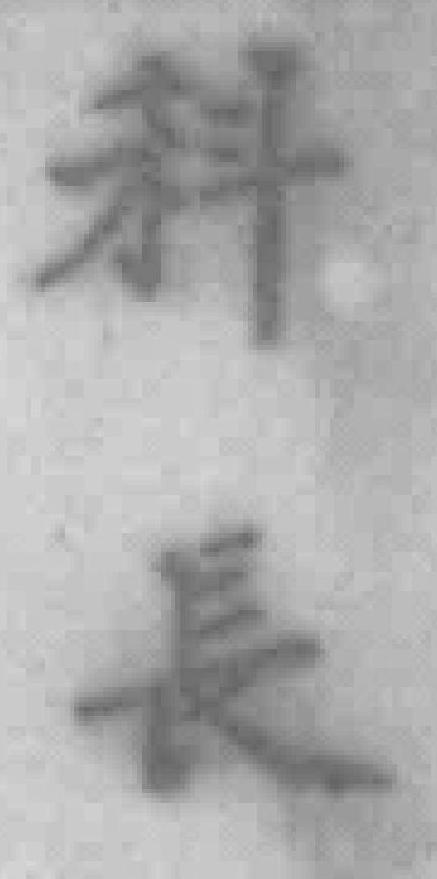
科長